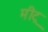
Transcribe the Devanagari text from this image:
मीट्र